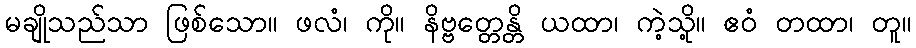
မချိုသည်သာ ဖြစ်သော။ ဖလံ၊ ကို။ နိဗ္ဗတ္တေန္တိ ယထာ၊ ကဲ့သို့။ ဧဝံ တထာ၊ တူ။